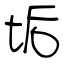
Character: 垢